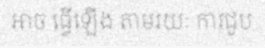
អាច ធ្វើឡើង តាមរយៈ ការជួប